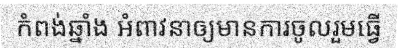
កំពង់ឆ្នាំង អំពាវនាឲ្យមានការចូលរួមធ្វើ